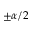
\pm \alpha / 2